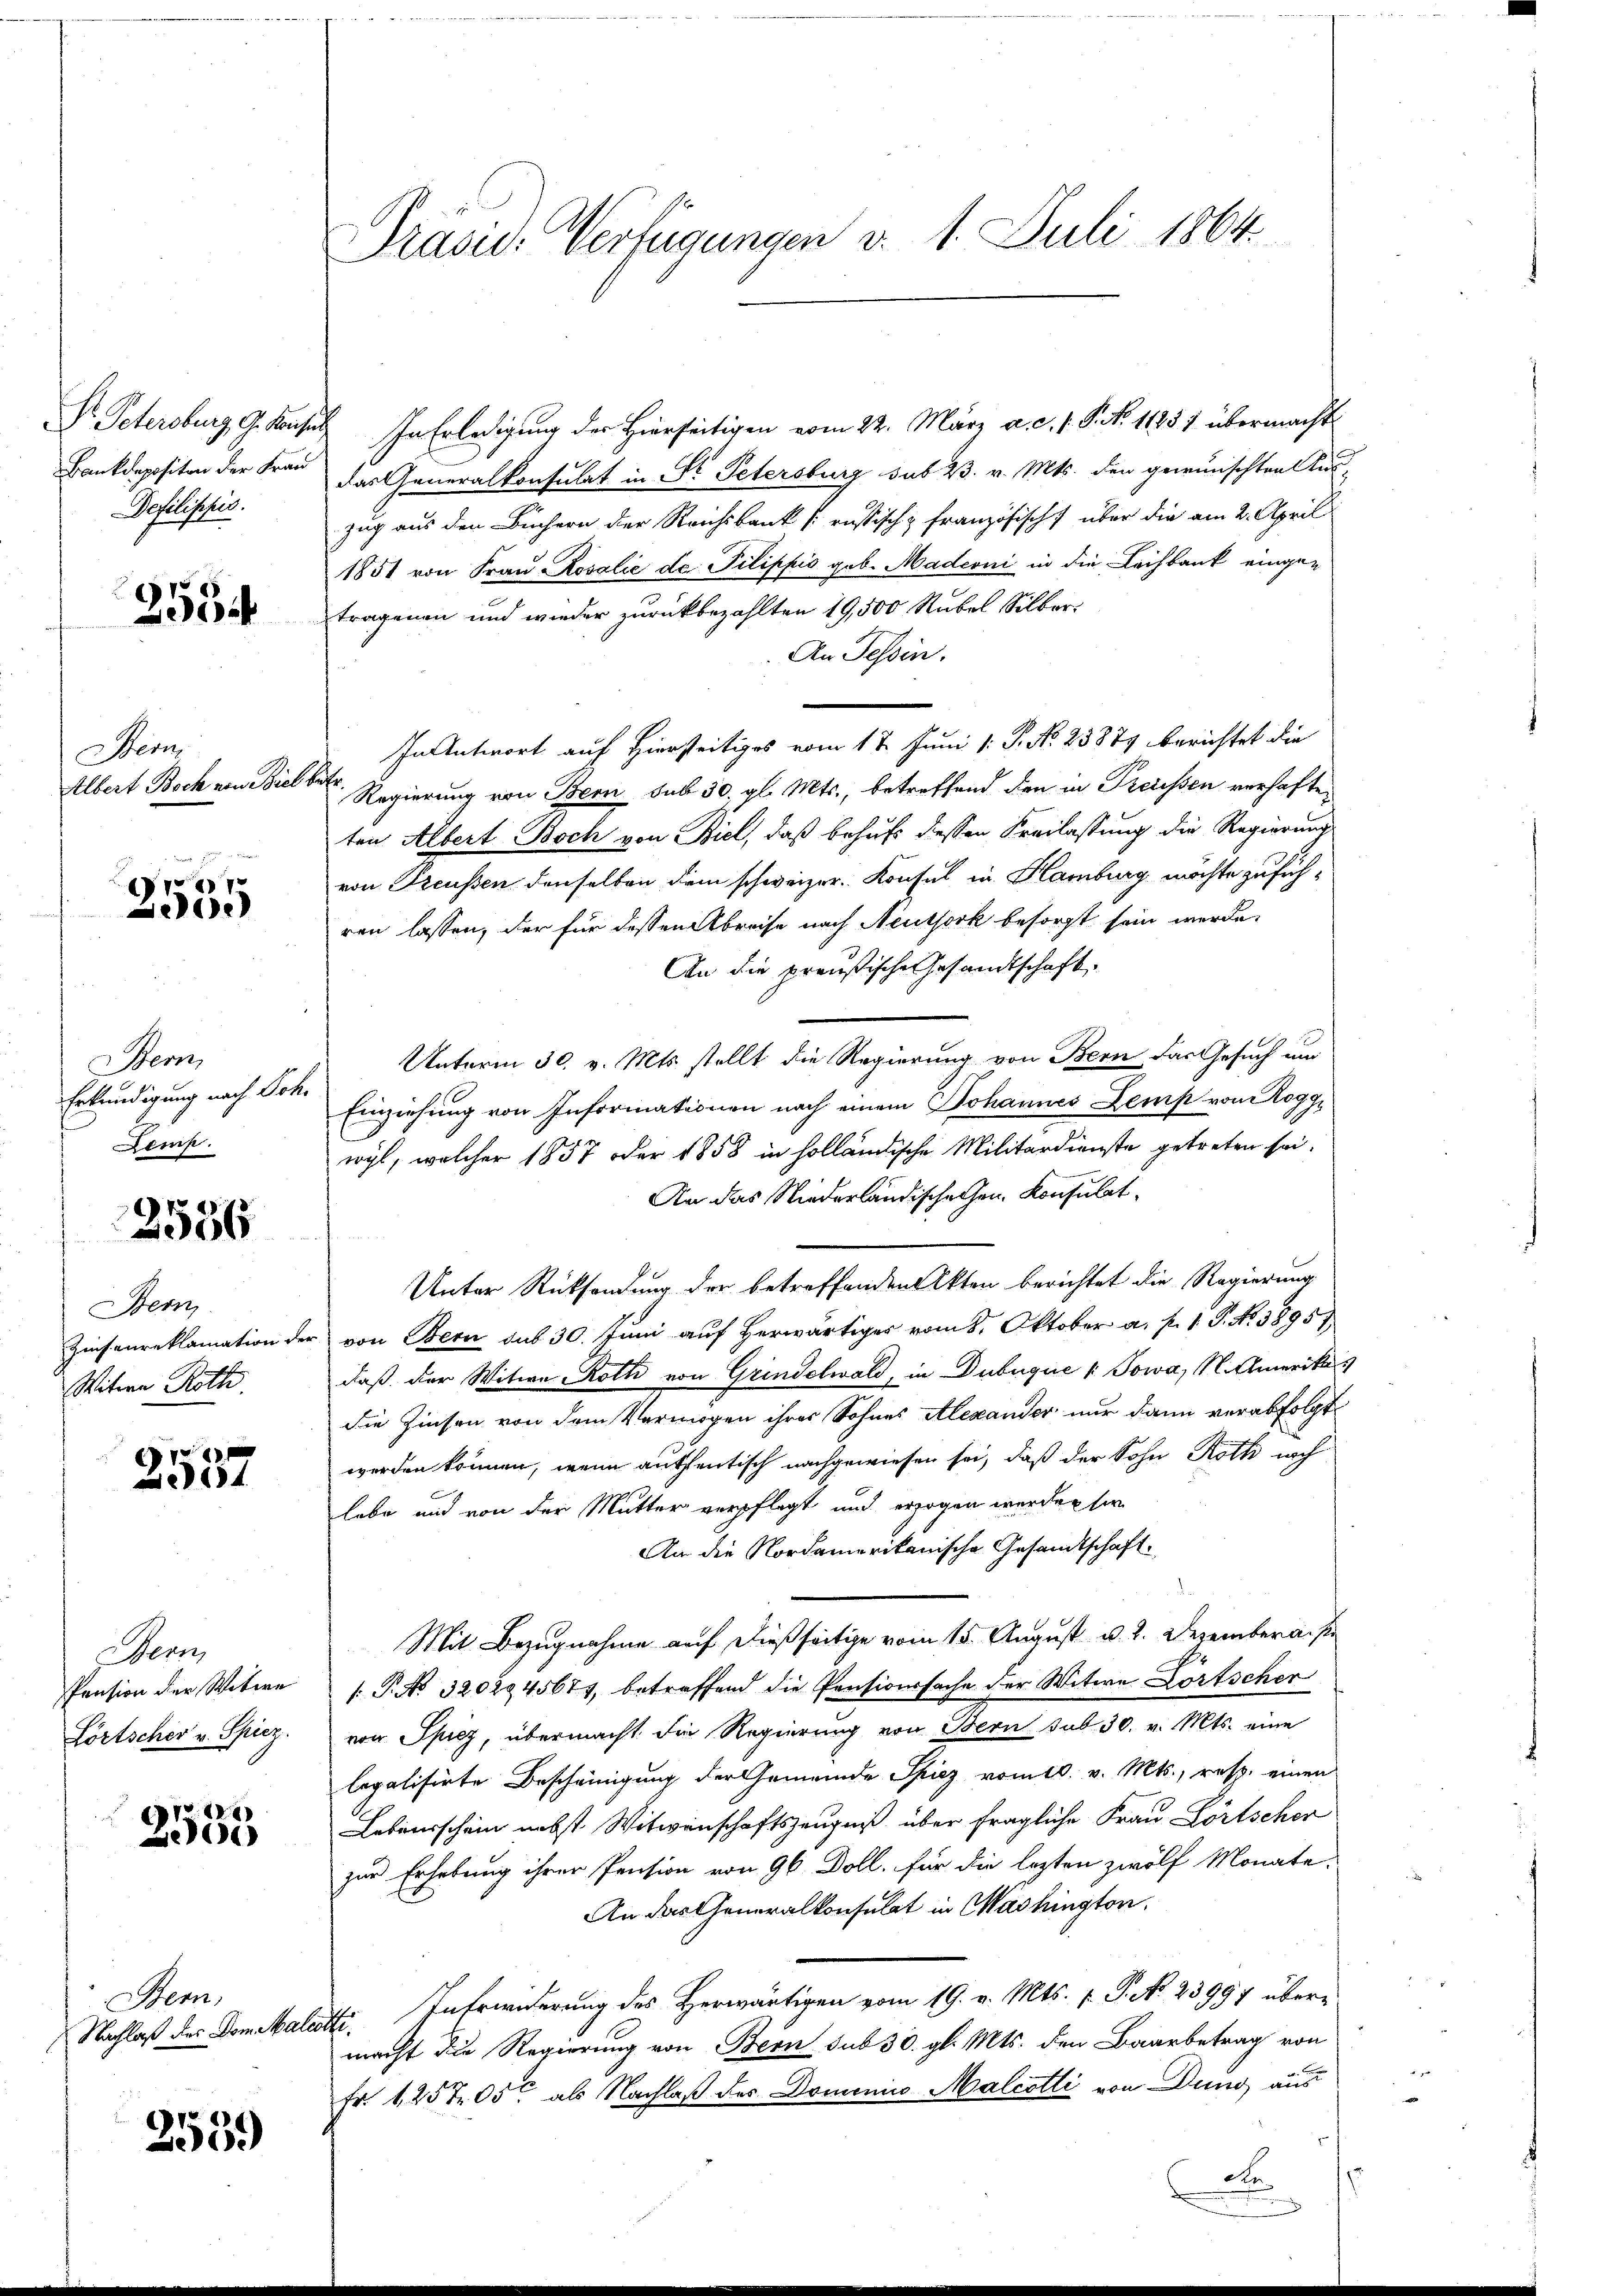
Defilippis.

2554

Bem
Albert Bock von Biel betr.

.
2bod

Stem
Erkundigung nach Joh.
Demp.

2556

Bern.
Witwe Roth

e
234

Bern,

2555

Bern,
Nachlaß der Dom Malcotti.

2539)

Präsid.- Verfügungen v. 1. Juli 1864.

Dr. Petersburg, G. Konsuls. In Erledigung der Hierseitigen vom 22. März a. c. s. S. Nr. 11857 übermacht
Bankdepositon der Frau das Generalkonsulat in Fr. Petersburg sub 23. v. Mts. den gewünschten Aus-
zug aus den Büchern der Reichsbank [russisch französisch über die am 2. April
1851 von Frau Rosalie de Pilippis geb. Madeoni in die Lachbank eingetragenen und wieder zurückbezahlten 19,500 Rubel Silber
An Tessin.
In Antwort auf Hierseitiges vom 17. Juni /: P. No. 23871 berichtet die
Regierung von Bern sub 30. gl. Mts., betreffend den in Preissen verhafte
ten Albert Boch von Biel, daß behufs dessen Kreilassung die Regierung
von Freussen denselben dem schweizer. Konsul in Hamburg möchte zuführen lassen, der für dessen Abreise nach Neuthork besorgt sein werde.
An die preußische Gesandtschaft
Unterm 30. v. Mts. stellt die Regierung von Bern das Gesuch und
Einziehung von Informationen nach einem Johannes Zemp von Roggwyl, welcher 1857 der 1858 in holländische Militärdienste getreten sei.
An das Niederländische Gen. Konsulat
Unter Rücksendung der betreffenden Akten berichtet die Regierung
Zinsenreklamation der von Bern aus 30. Jŭni auf herwärtiges vom 8. Oktober a. p. 1 P. No 3895)
daß der Witwe Roth von Grindelwald, in Dubuque / Sowa, N. Amerikas
die Zinsen von dem Vermögen ihrer Sohnes Alexander nur dann verabfolgt
werden können, wenn auffentisch nachgewiesen sei, daß der Sohn Roth nach
habe und von der Mutter verpflegt und erzogen werden sie
An die Nordamerikanische Gesandtschaft.
Mit Bezugnahme auf dießseitige vom 15. August u. 2. Dezemberaise
Pension der Witwe P. No 3202945671, betreffend die Pensionssache der Witwe Lortscher
Lörtscher v. Spiez. von Spiez, übermacht die Regierung von Bern sub 30. v. Mts. eine
legalisirte Bescheinigung der Gemeinde Spiez vom 10. v. Mts., resp. einen
Lebensschein nebst Witwenschaftszeugniß über fragliche Frau Lörtscher
zur Erhebung ihrer Pension von 96 Doll, für die lezten zwölf Monate,
An das Generalkonsulat in Washington.
Intrwiderung des Herwärtigen vom 19. v. Mts. f. P. N. 23997 übermacht die Regierung von Bern sub 30. gl. Mts. den Baarbetrag von
Fr. 1257 05c als Nachlaß des Dominio Malcotli von Dung aus
de